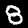
Digit: 8